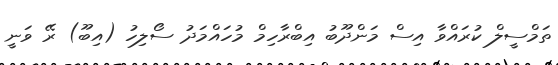
ތަމްސީލް ކުރައްވާ އިސް މަންދޫބު އިބްރާހިމް މުހައްމަދު ސޯލިހު (އިބޫ) ރޭ ވަނީ